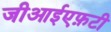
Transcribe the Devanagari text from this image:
जीआईएफ़टी